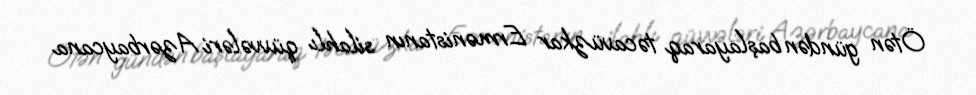
Ötən gündən başlayaraq təcavüzkar Ermənistanın silahlı qüvvələri Azərbaycana